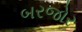
બરજોર